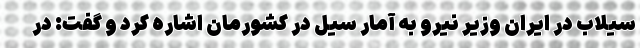
سیلاب در ایران وزیر نیرو به آمار سیل در کشورمان اشاره کرد و گفت: در